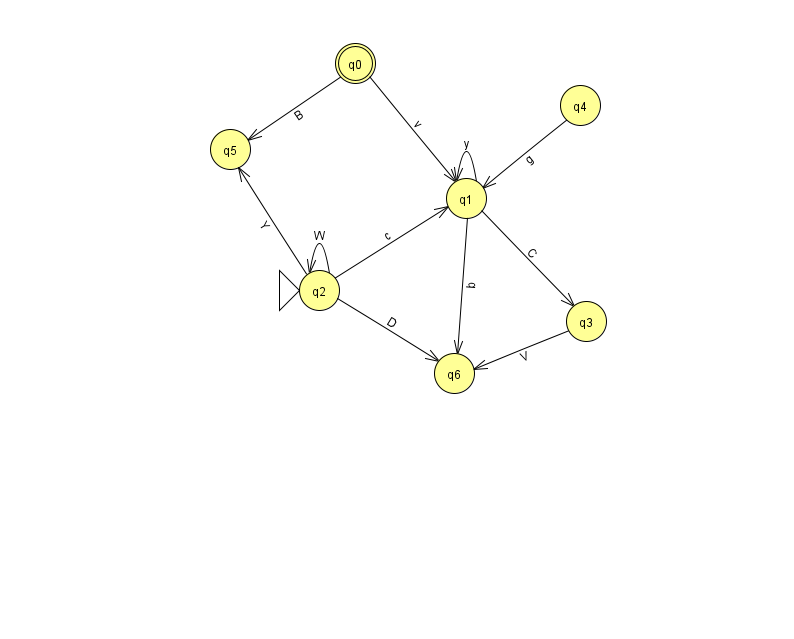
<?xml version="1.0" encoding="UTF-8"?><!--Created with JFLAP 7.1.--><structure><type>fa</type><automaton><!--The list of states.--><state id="0" name="q0"><x>355.0</x><y>50.0</y><final/></state><state id="1" name="q1"><x>466.0</x><y>185.0</y></state><state id="2" name="q2"><x>319.0</x><y>277.0</y><initial/></state><state id="3" name="q3"><x>586.0</x><y>308.0</y></state><state id="4" name="q4"><x>580.0</x><y>92.0</y></state><state id="5" name="q5"><x>230.0</x><y>136.0</y></state><state id="6" name="q6"><x>454.0</x><y>360.0</y></state><!--The list of transitions.--><transition><from>1</from><to>3</to><read>C</read></transition><transition><from>1</from><to>6</to><read>b</read></transition><transition><from>3</from><to>6</to><read>V</read></transition><transition><from>0</from><to>1</to><read>v</read></transition><transition><from>2</from><to>2</to><read>W</read></transition><transition><from>1</from><to>1</to><read>y</read></transition><transition><from>2</from><to>5</to><read>Y</read></transition><transition><from>0</from><to>5</to><read>B</read></transition><transition><from>2</from><to>1</to><read>c</read></transition><transition><from>2</from><to>6</to><read>D</read></transition><transition><from>4</from><to>1</to><read>g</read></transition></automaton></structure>